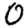
Digit: 0